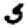
Digit: 5